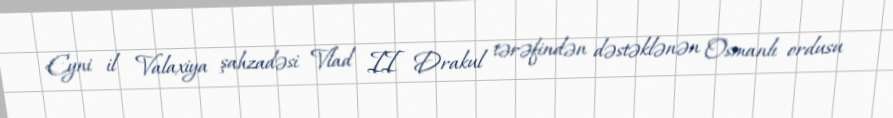
Eyni il Valaxiya şahzadəsi Vlad II Drakul tərəfindən dəstəklənən Osmanlı ordusu